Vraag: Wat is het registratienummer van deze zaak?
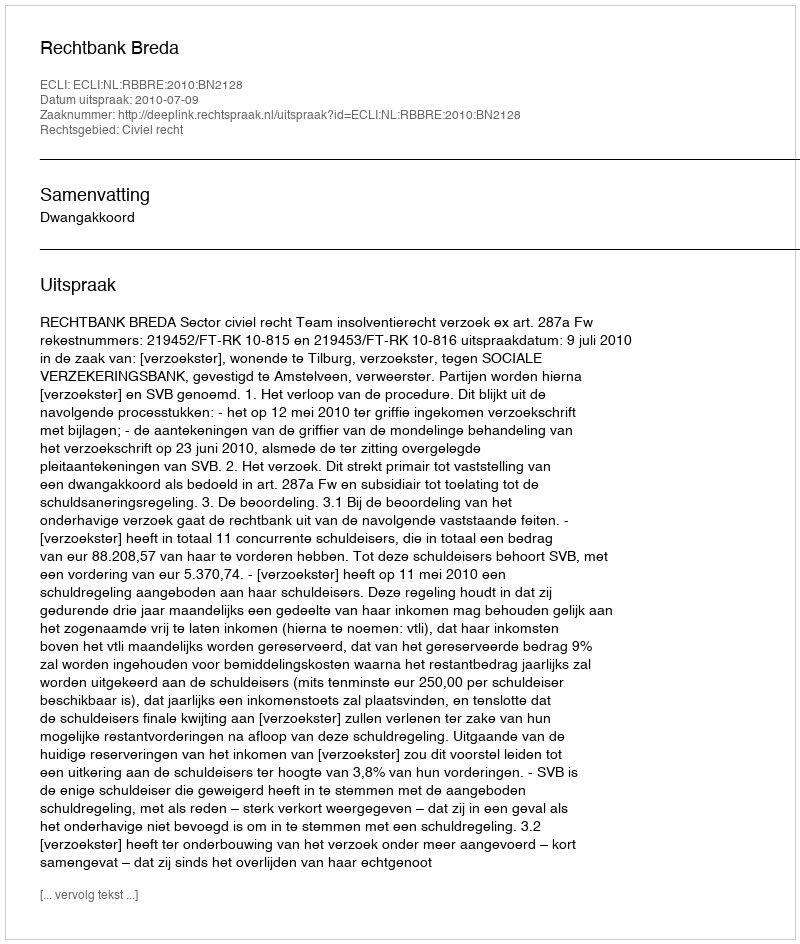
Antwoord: http://deeplink.rechtspraak.nl/uitspraak?id=ECLI:NL:RBBRE:2010:BN2128